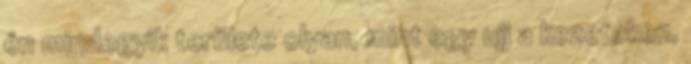
én mindegyik területe olyan, mint egy ujj a kezeteken,